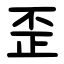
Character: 歪